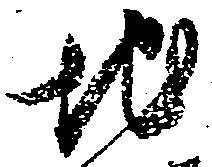
地